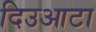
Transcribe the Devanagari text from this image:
दिउआटा